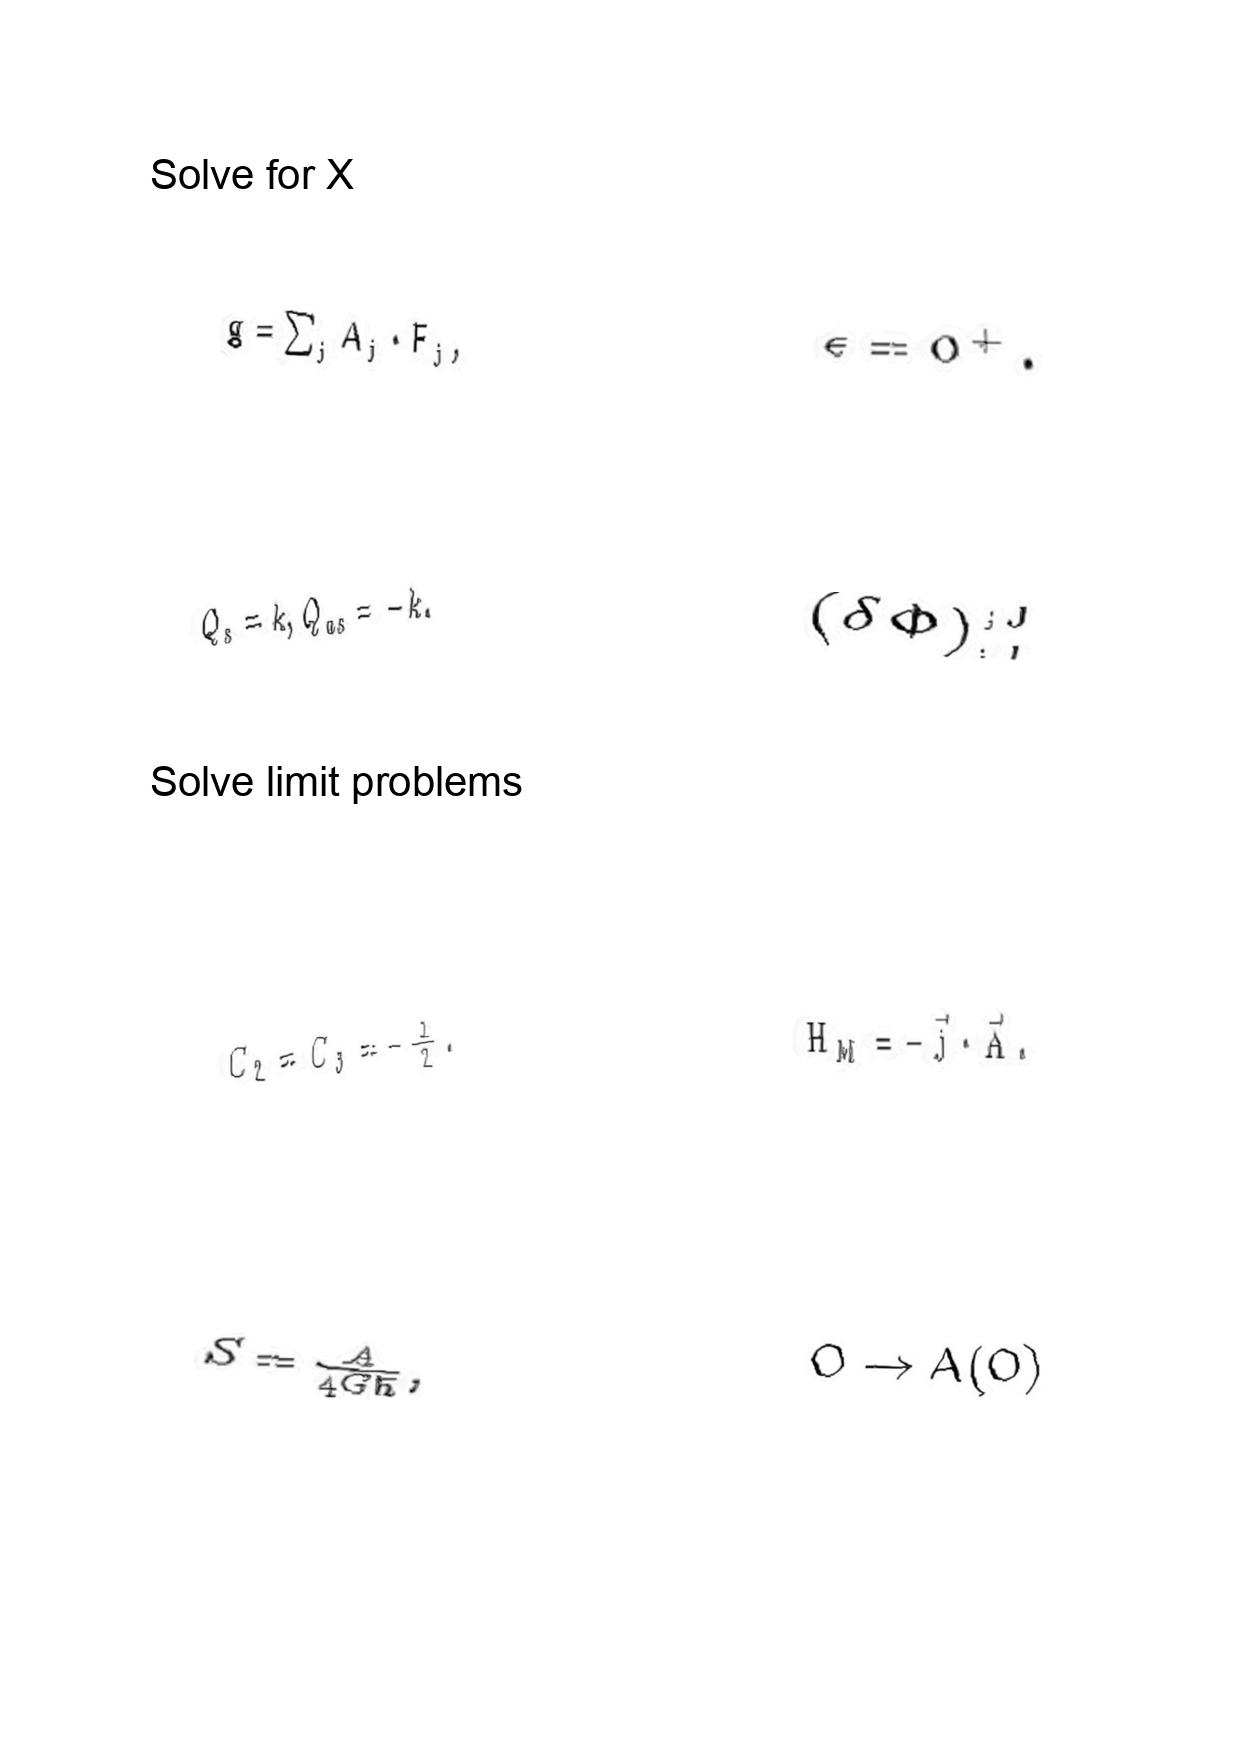
LaTeX transcription:
g = \sum _ { j } A _ { j } \cdot F _ { j } ,
Q _ { s } = k , Q _ { a s } = - k .
C _ { 2 } = C _ { 3 } = - \frac { 1 } { 2 } .
S = \frac { A } { 4 G \hbar } ,
\epsilon = 0 ^ { + } .
\lparen \delta \Phi \rparen _ { ; J } ^ { ; J }
H _ { M } = - \vec { j } \cdot \vec { A } .
O \rightarrow A \lparen O \rparen